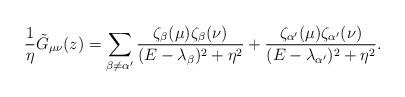
LaTeX: \begin{align*}\frac{1}{\eta } \tilde{G}_{\mu \nu}(z)=\sum_{\beta \neq \alpha^{\prime}} \frac{\zeta_{\beta}(\mu)\zeta_\beta(\nu)}{(E-\lambda_{\beta})^2+\eta^2}+ \frac{\zeta_{\alpha^{\prime}}(\mu)\zeta_{\alpha^{\prime}}(\nu)}{(E-\lambda_{\alpha^{\prime}})^2+\eta^2}. \end{align*}